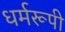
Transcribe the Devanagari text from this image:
धर्मरूपी